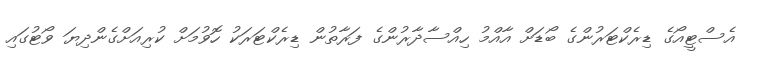
އެސްޓީއޯގެ ޑިރެކްޓަރުންގެ ބޯޑަށް އާއްމު ހިއްސާދާރުންގެ ފަރާތުން ޑިރެކްޓަރަކު ހޮވުމަށް ކުރިއަށްގެންދިޔަ ވޯޓުގައި